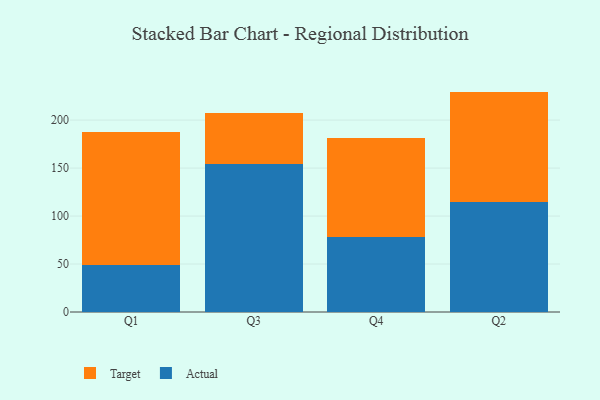
{"axis": {"x": "Quarter", "y": "Customer Acquisition Cost (USD)"}, "legend": ["Actual", "Target"], "data": [{"x": "Q1", "y": 49.2, "type": "Actual"}, {"x": "Q1", "y": 138.6, "type": "Target"}, {"x": "Q3", "y": 154.3, "type": "Actual"}, {"x": "Q3", "y": 53.0, "type": "Target"}, {"x": "Q4", "y": 78.6, "type": "Actual"}, {"x": "Q4", "y": 102.4, "type": "Target"}, {"x": "Q2", "y": 114.4, "type": "Actual"}, {"x": "Q2", "y": 115.3, "type": "Target"}]}